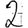
Digit: 2